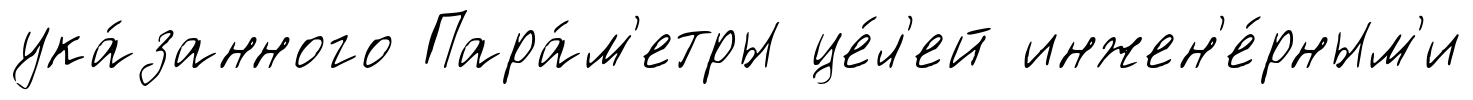
ука́занного Пара́м'етры це́л'ей инжен'е́рным'и